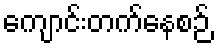
ကျောင်းတက်နေစဉ်